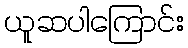
ယူဆပါကြောင်း